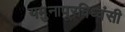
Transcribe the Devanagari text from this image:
यमुनापूरविध्वंसी